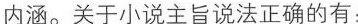
内涵。关于小说主旨说法正确的有：